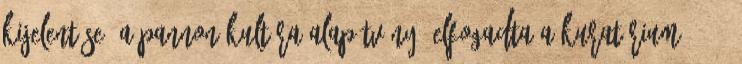
kijelentése: A Pannon Kultúra Alapítvány. Elfogadta a Kuratórium 2013.